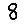
Digit: 8